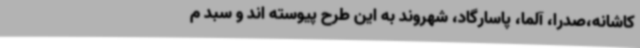
کاشانه،صدرا، آلما، پاسارگاد، شهروند به این طرح پیوسته اند و سبد م